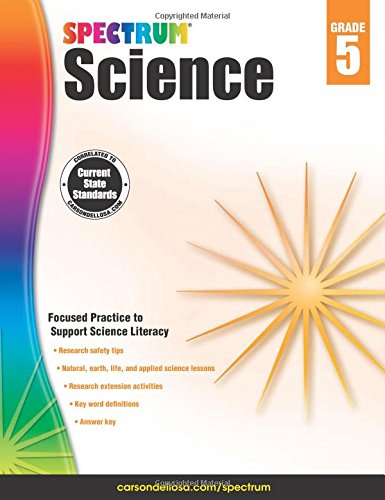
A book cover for Spectrum Science, Grade 5; Children's Books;